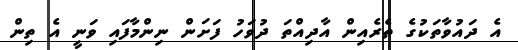
އެ ދައުވާތަކުގެ ތެރެއިން އާދިއްތަ ދުވަހު ފަށަން ނިންމާފައި ވަނީ އެ ތިން